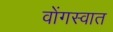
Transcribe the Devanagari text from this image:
वोंगस्वात